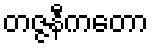
တဇ္ဇနီကတော